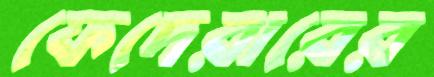
ফেদেরারের